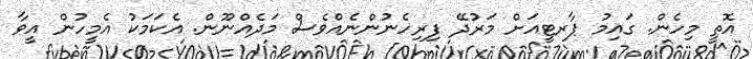
އޮތީ މިހެން. ގައިމު ޕާރޓީއަށް މަރުދޭ ފިރިހެނުންނެއްވެސް މަދެއްނޫން. އެކަމަކު އެމީހުން އީވާ